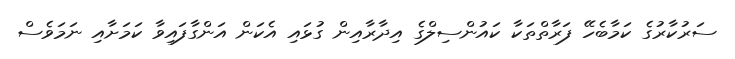
ސަރުކާރުގެ ކަމާބެހޭ ފަރާތްތަކާ ކައުންސިލްގެ އިދާރާއިން ގުޅައި އެކަން އަންގާފައިވާ ކަމަށާއި ނަމަވެސް